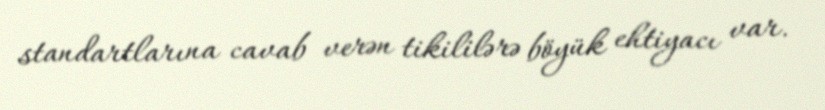
standartlarına cavab verən tikililərə böyük ehtiyacı var.